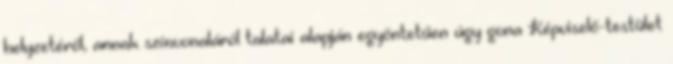
helyzetéről, annak színvonaláról talatai alapján egyöntetűen úgy gona Képviselő-testület